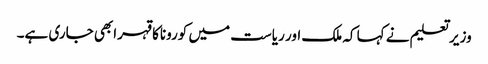
وزیر تعلیم نے کہا کہ ملک اور ریاست میں کوروناکا قہرابھی جاری ہے۔